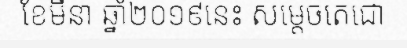
ខែមីនា ឆ្នាំ២០១៩នេះ សម្តេចតេជោ